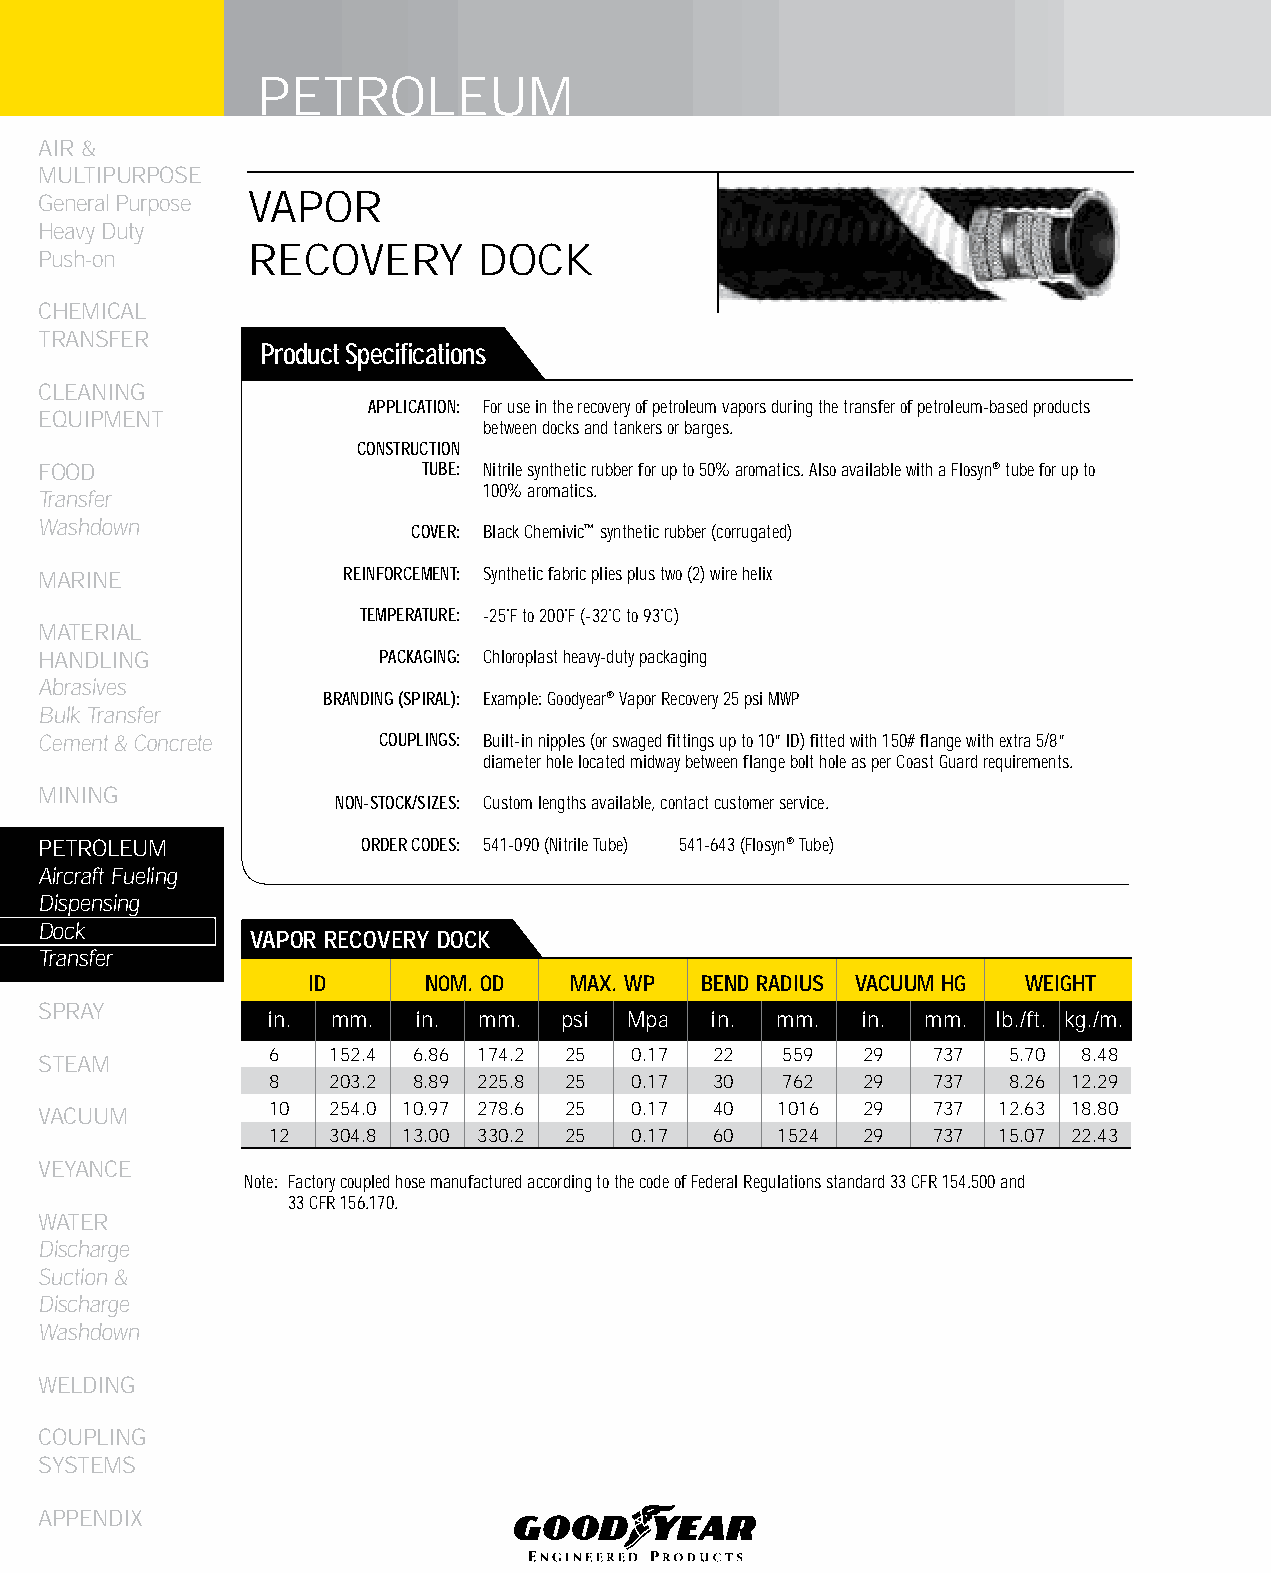
PETROLEUM
 AIR &
 MULTIPURPOSE
 General Purpose VAPOR
 Heavy Duty
 RECOVERY       DOCK
 Push-on
 CHEMICAL
 TRANSFER
 Product Specifications
 CLEANING
 APPLICATION: For use in the recovery of petroleum vapors during the transfer of petroleum-based products
 EqUIPMENT
 between docks and tankers or barges.
 CONSTRUCTION
 FOOD                     TUBE: Nitrile synthetic rubber for up to 50% aromatics. Also available with a Flosyn® tube for up to
 100% aromatics.
 Transfer
 Washdown
 COVER: Black Chemivic™ synthetic rubber (corrugated)
 MARINE              REINFORCEMENT: Synthetic fabric plies plus two (2) wire helix
 TEMPERATURE: -25˚F to 200˚F (-32˚C to 93˚C)
 MATERIAL
 HANDLING              PACKAGING: Chloroplast heavy-duty packaging
 Abrasives
 BRANDING (SPIRAL): Example: Goodyear® Vapor Recovery 25 psi MWP
 Bulk Transfer
 Cement & Concrete     COUPLINGS: Built-in nipples (or swaged fittings up to 10” ID) fitted with 150# flange with extra 5/8”
 diameter hole located midway between flange bolt hole as per Coast Guard requirements.
 MINING
 NON-STOCK/SIZES: Custom lengths available, contact customer service.
 PETROLEUM            ORDER CODES: 541-090 (Nitrile Tube) 541-643 (Flosyn® Tube)
 Aircraft Fueling
 Dispensing
 Dock
 VAPOR RECOVERy DOCk
 Transfer
 ID      NOM. OD   MAX. WP bEND RADIUS VACUUM HG WEIGHT
 SPRAY
 in. mm.   in. mm.  psi  Mpa  in. mm.   in. mm.  lb./ft. kg./m.
 6   152.4 6.86 174.2 25 0.17 22   559  29   737  5.70 8.48
 STEAM
 8   203.2 8.89 225.8 25 0.17 30   762  29   737  8.26 12.29
 VACUUM         10  254.0 10.97 278.6 25 0.17 40  1016 29   737 12.63 18.80
 12  304.8 13.00 330.2 25 0.17 60  1524 29   737 15.07 22.43
 VEYANCE
 Note: Factory coupled hose manufactured according to the code of Federal Regulations standard 33 CFR 154.500 and
 33 CFR 156.170.
 WATER
 Discharge
 Suction &
 Discharge
 Washdown
 WELDING
 COUPLING
 SYSTEMS
 APPENDIX
 170